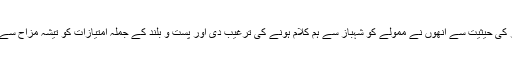
ایک زیرک تخلیق کار کی حیثیت سے انھوں نے ممولے کو شہباز سے ہم کلام ہونے کی ترغیب دی اور پست و بلند کے جملہ امتیازات کو تیشہ مزاح سے نیست و نابود کر دیا۔